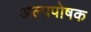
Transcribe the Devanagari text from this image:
अल्पपोषक